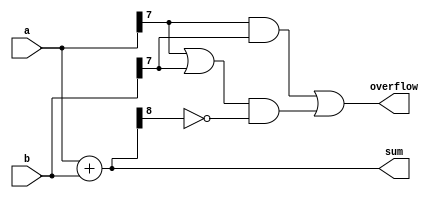
module Param_Adder #(parameter N = 8) (
    input  [N-1:0] a,      // N-bit input a
    input  [N-1:0] b,      // N-bit input b
    output reg [N:0] sum,   // (N+1)-bit output sum
    output reg overflow      // Overflow output (optional)
);
    
    always @(*) begin
        // Calculate the sum
        sum = a + b;

        // Detect overflow: Check if the carry into the MSB is different from the carry out
        overflow = (a[N-1] & b[N-1]) | ((a[N-1] | b[N-1]) & ~sum[N]);
    end

endmodule